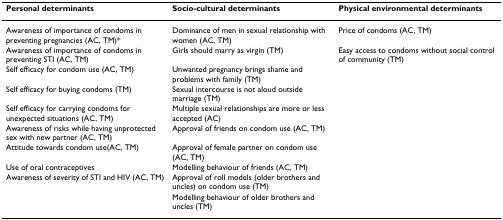
| Personal determinants | Socio-cultural determinants | Physical environmental determinants |
 | --- | --- | --- |
 | Awareness of importance of condoms in preventing pregnancies (AC, TM)* | Dominance of men in sexual relationship with women (AC, TM) | Price of condoms (AC, TM) |
 | Awareness of importance of condoms in preventing STI (AC, TM) | Girls should marry as virgin (TM) | Easy access to condoms without social control of community (TM) |
 | Self efficacy for condom use (AC, TM) | Unwanted pregnancy brings shame and problems with family (TM) |  |
 | Self efficacy for buying condoms (TM) | Sexual intercourse is not aloud outside marriage (TM) |  |
 | Self efficacy for carrying condoms for unexpected situations (AC, TM) | Multiple sexual relationships are more or less accepted (AC) |  |
 | Awareness of risks while having unprotected sex with new partner (AC, TM) | Approval of friends on condom use (AC, TM) |  |
 | Attitude towards condom use(AC, TM) | Approval of female partner on condom use (AC, TM) |  |
 | Use of oral contraceptives | Modelling behaviour of friends (AC, TM) |  |
 | Awareness of severity of STI and HIV (AC, TM) | Approval of roll models (older brothers and uncles) on condom use (TM) |  |
 |  | Modelling behaviour of older brothers and uncles (TM) |  |